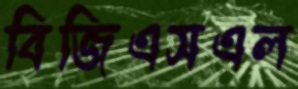
বিজিএসএল